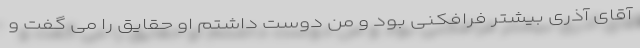
آقای آذری بیشتر فرافکنی بود و من دوست داشتم او حقایق را می گفت و